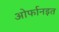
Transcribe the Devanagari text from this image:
ओर्फानइत